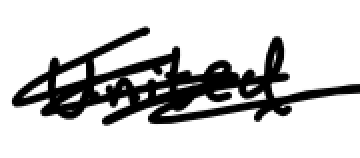
Text: United
Cross-out: scratch
Writing tool: digital_black